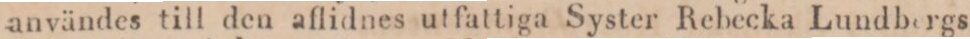
användes till den aflidnes utfattiga Syster Rebecka Lundbergs